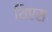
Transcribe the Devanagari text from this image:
थिएस